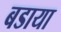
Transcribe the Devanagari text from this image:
बडाया